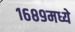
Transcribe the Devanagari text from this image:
१६८९मध्ये